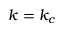
k = k _ { c }